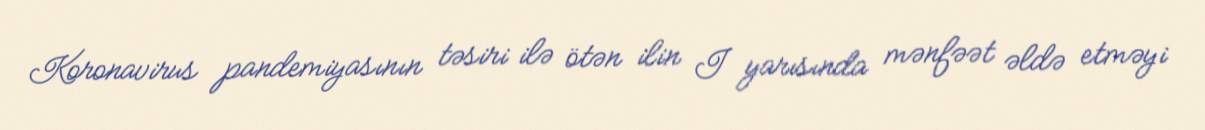
Koronavirus pandemiyasının təsiri ilə ötən ilin I yarısında mənfəət əldə etməyi